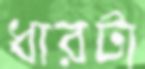
ধারটা